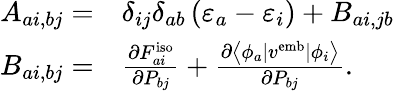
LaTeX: \begin{array}{rl}{A_{ai,bj}=}&{\delta_{ij}\delta_{ab}\left(\varepsilon_{a}-\varepsilon_{i}\right)+B_{ai,jb}}\\ {B_{ai,bj}=}&{\frac{\partial F_{ai}^{\mathrm{iso}}}{\partial P_{bj}}+\frac{\partial\left\langle\phi_{a}|{v}^{\mathrm{emb}}|\phi_{i}\right\rangle}{\partial P_{bj}}.}\end{array}